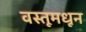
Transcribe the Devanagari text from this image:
वस्तूमधून